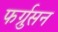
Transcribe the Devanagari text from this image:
फर्ग्रुसन